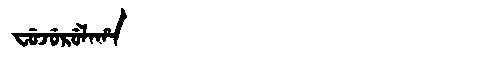
Manchu: ᠸᡠᠵᡠᡵᡠᠯᠠᡥᠠ
Romanization: FUJURULAHA